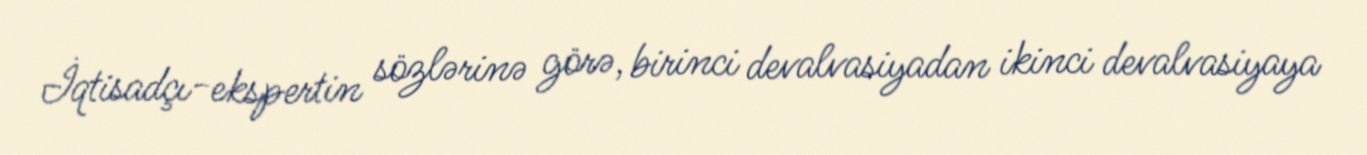
İqtisadçı-ekspertin sözlərinə görə, birinci devalvasiyadan ikinci devalvasiyaya